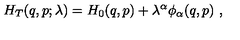
H _ { T } ( q , p ; \lambda ) = H _ { 0 } ( q , p ) + \lambda ^ { \alpha } \phi _ { \alpha } ( q , p ) \ ,